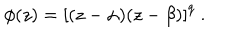
\phi ( z ) = \left[ ( z - \alpha ) ( z - \beta ) \right] ^ { q } \ .